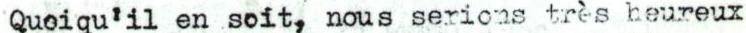
Queiqu'il en soit, nous serions très heureux